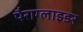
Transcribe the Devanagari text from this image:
पैराग्लाइडर